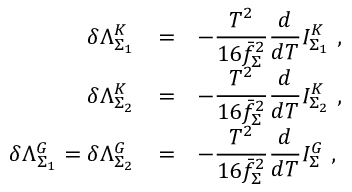
\begin{array} { r c l } { { \delta \Lambda _ { \Sigma _ { 1 } } ^ { K } } } & { { = } } & { { \displaystyle - \frac { T ^ { 2 } } { 1 6 \bar { f } _ { \Sigma } ^ { 2 } } \frac { d } { d T } I _ { \Sigma _ { 1 } } ^ { K } ~ , } } \\ { { \delta \Lambda _ { \Sigma _ { 2 } } ^ { K } } } & { { = } } & { { \displaystyle - \frac { T ^ { 2 } } { 1 6 \bar { f } _ { \Sigma } ^ { 2 } } \frac { d } { d T } I _ { \Sigma _ { 2 } } ^ { K } ~ , } } \\ { { \delta \Lambda _ { \Sigma _ { 1 } } ^ { G } = \delta \Lambda _ { \Sigma _ { 2 } } ^ { G } } } & { { = } } & { { \displaystyle - \frac { T ^ { 2 } } { 1 6 \bar { f } _ { \Sigma } ^ { 2 } } \frac { d } { d T } I _ { \Sigma } ^ { G } ~ , } } \end{array}